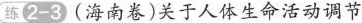
练2-3(海南卷)关于人体生命活动调节